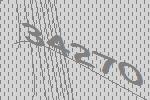
34270